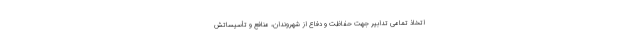
اتخاذ تمامی تدابیر جهت حفاظت و دفاع از شهروندان، منافع و تأسیساتش